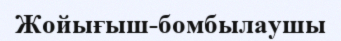
Жойығыш-бомбылаушы